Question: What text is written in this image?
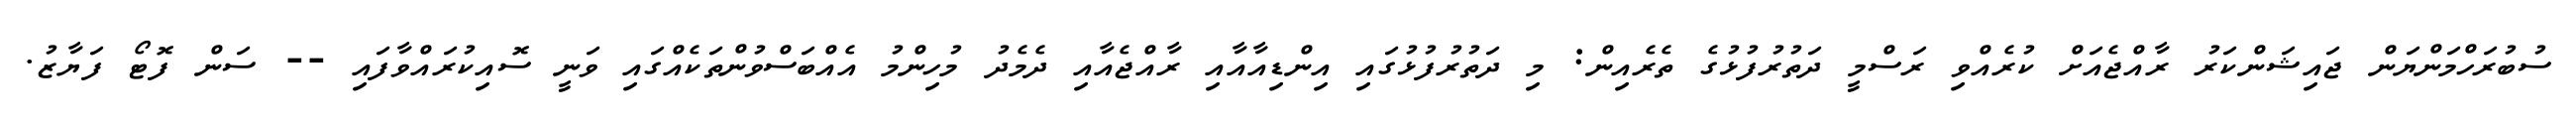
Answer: ސުބުރަހްމަންޔަން ޖައިޝަންކަރު ރާއްޖެއަށް ކުރެއްވި ރަސްމީ ދަތުރުފުޅުގެ ތެރެއިން: މި ދަތުރުފުޅުގައި އިންޑިއާއާއި ރާއްޖެއާއި ދެމެދު މުހިންމު އެއްބަސްވުންތަކެއްގައި ވަނީ ސޮއިކުރައްވާފައި -- ސަން ފޮޓޯ ފަޔާޒު.